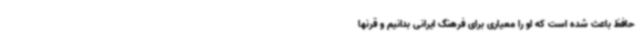
حافظ باعث شده است که او را معیاری برای فرهنگ ایرانی بدانیم و قرنها